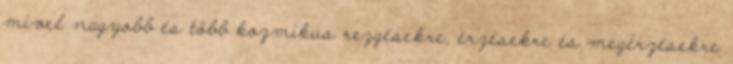
mivel nagyobb és több kozmikus rezgésekre, érzésekre és megérzésekre